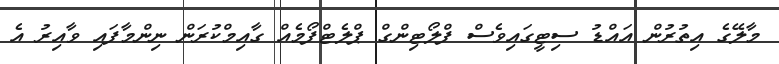
މާލޭގެ އިތުރުން އައްޑު ސިޓީގައިވެސް ފްލޯޓިންގް ޕްލެޓްފޯމެއް ގާއިމްކުރަން ނިންމާފައި ވާއިރު އެ